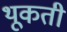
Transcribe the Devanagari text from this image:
थूकती